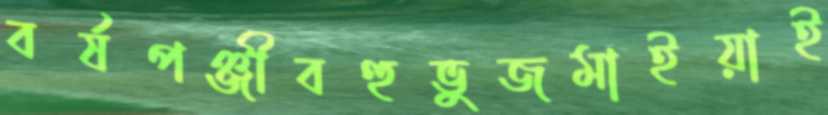
বর্ষপঞ্জীবহুভুজমাইয়াই